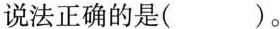
说法正确的是( )。